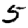
Digit: 5